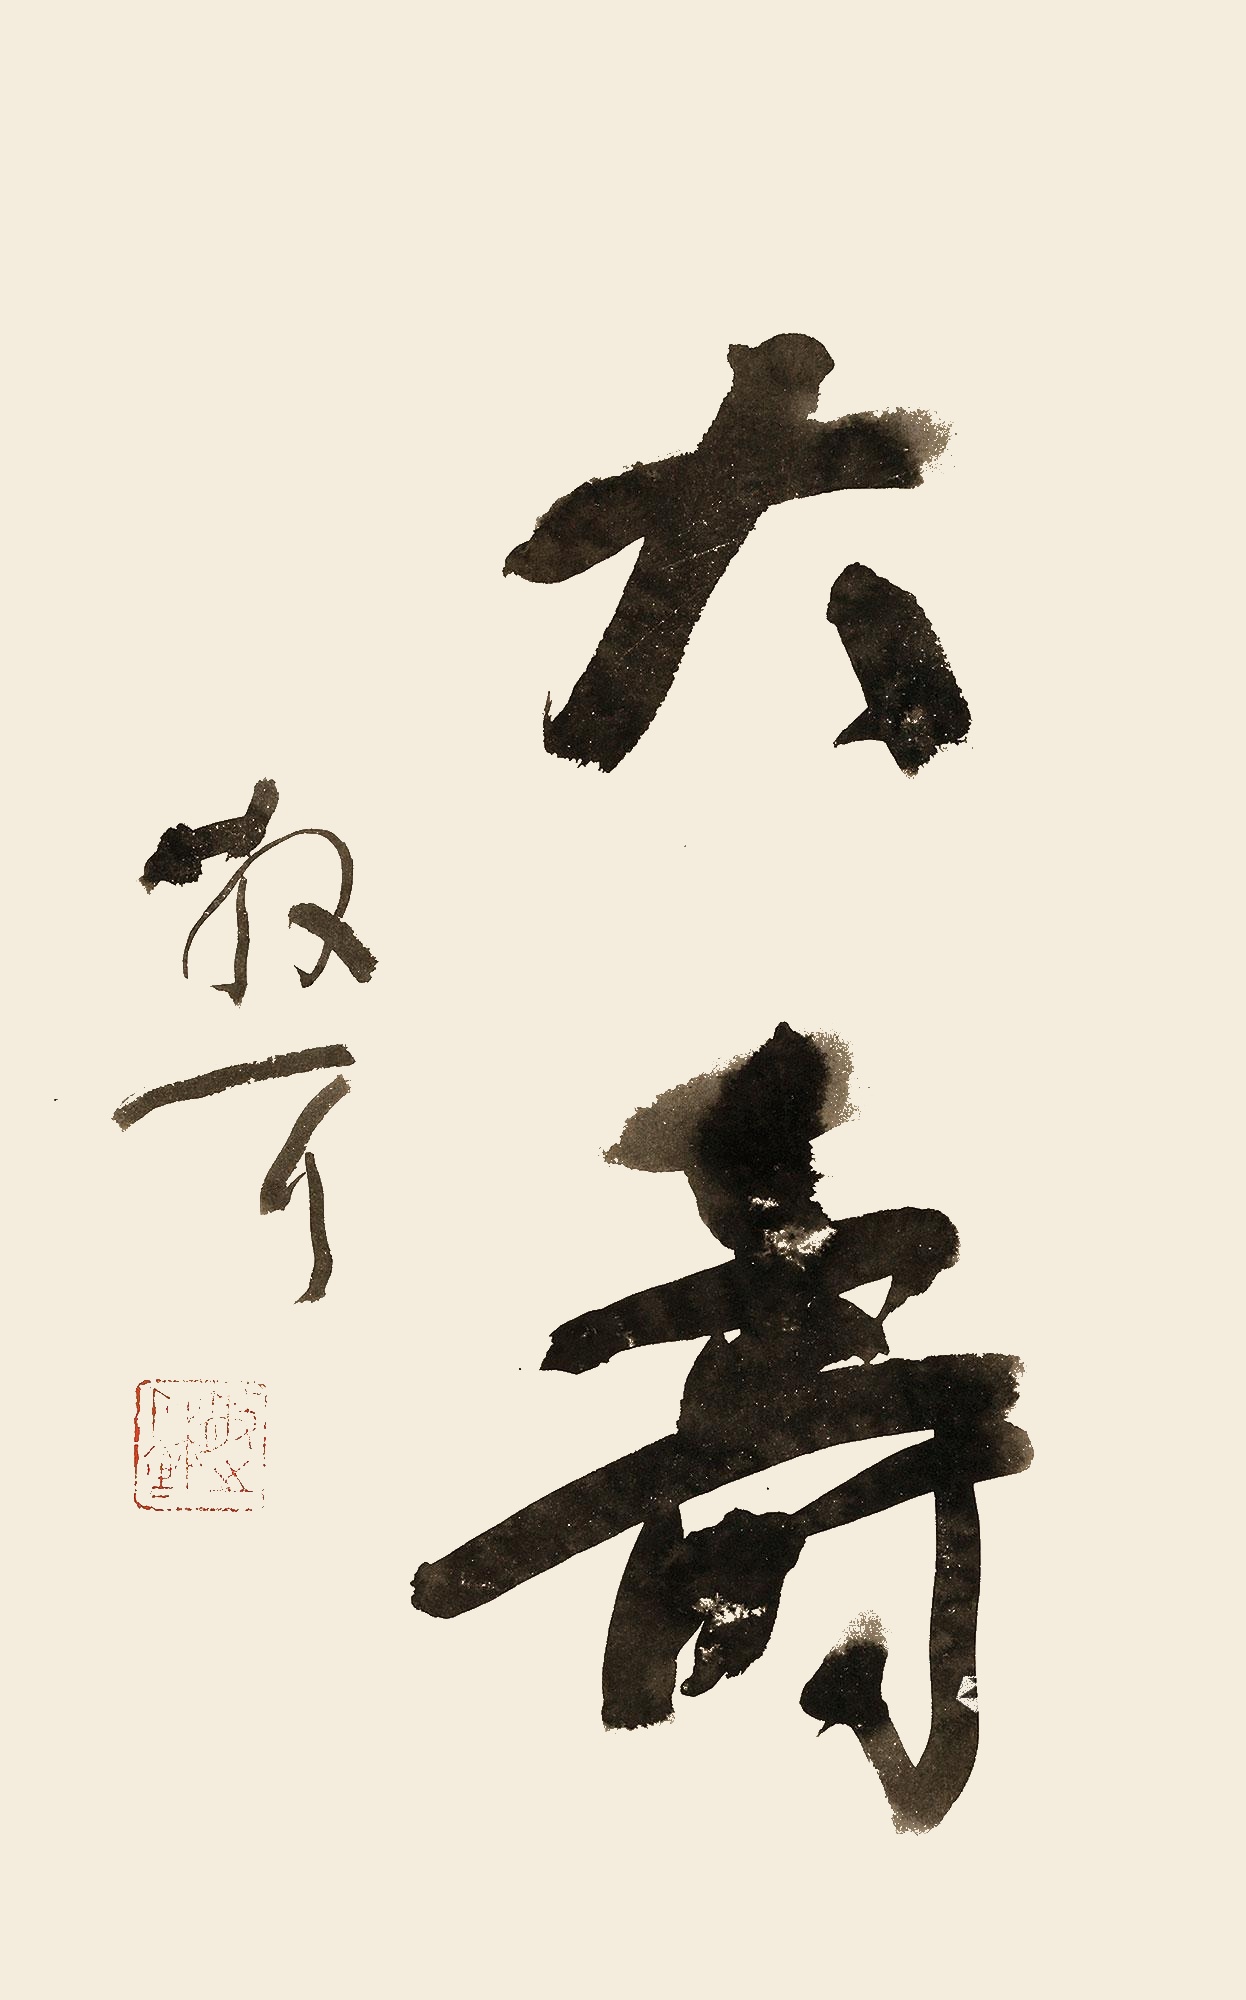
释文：大寿散耳。